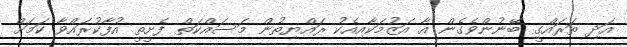
އަދި ތަރައްގީ ބޭނުންވެގެން އާ އަޒުމަކާއިއެކު ރައްޔިތުން މަސައްކަތް ފެށީތީ އުފާކުރައްވާ ކަމަށް